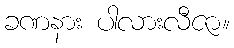
ခဏနား ပါလားလီဇာ။